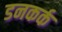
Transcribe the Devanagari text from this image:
डनकर्क